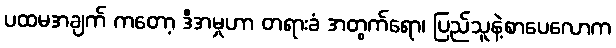
ပထမအချက် ကတော့ ဒီအမှုဟာ တရားခံ အတွက်ရော၊ ပြည်သူနဲ့စာပေလောက